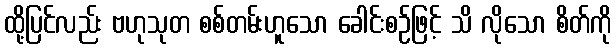
ထို့ပြင်လည်း ဗဟုသုတ စစ်တမ်းဟူသော ခေါင်းစဉ်ဖြင့် သိ လိုသော စိတ်ကို